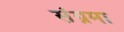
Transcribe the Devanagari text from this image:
संग्रमा